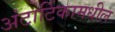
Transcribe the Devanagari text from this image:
अंटार्टिकामधील